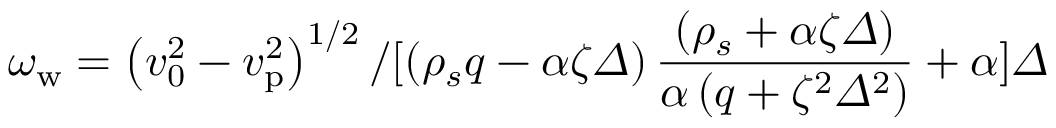
\omega _ { \mathrm { w } } = { \left( v _ { 0 } ^ { 2 } - v _ { \mathrm { p } } ^ { 2 } \right) ^ { 1 / 2 } / { [ \left( \rho _ { s } q - \alpha \zeta \varDelta \right) \frac { \left( \rho _ { s } + \alpha \zeta \varDelta \right) } { \alpha \left( q + \zeta ^ { 2 } \varDelta ^ { 2 } \right) } + \alpha ] \varDelta } }